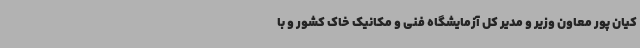
کیان پور معاون وزیر و مدیر کل آزمایشگاه فنی و مکانیک خاک کشور و با